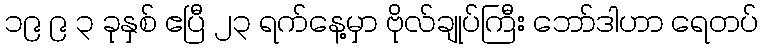
၁၉ ၉ ၃ ခုနှစ် ဧပြီ ၂၃ ရက်နေ့မှာ ဗိုလ်ချုပ်ကြီး ဘော်ဒါဟာ ရေတပ်